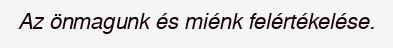
Az önmagunk és miénk felértékelése.